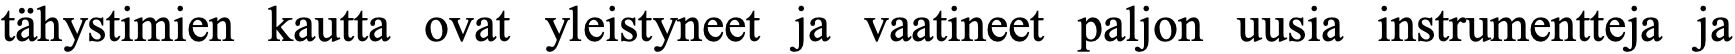
tähystimien kautta ovat yleistyneet ja vaatineet paljon uusia instrumentteja ja